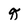
Character: q